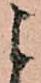
こ